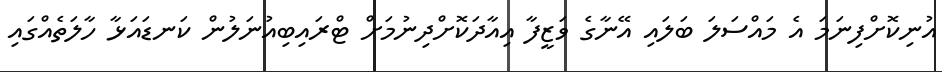
އުނިކޮށްފިނަމަ އެ މައްސަލަ ބަލައި އޭނާގެ ވަޒީފާ އިއާދަކޮށްދިނުމަށް ޓްރައިބިއުނަލުން ކަނޑައަޅާ ހާލަތެއްގައި